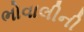
ભોવાલીની